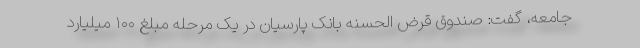
جامعه، گفت: صندوق قرض الحسنه بانک پارسیان در یک مرحله مبلغ ۱۰۰ میلیارد